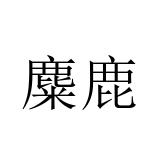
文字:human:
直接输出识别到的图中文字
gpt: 麋鹿